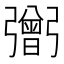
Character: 𢐷